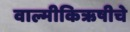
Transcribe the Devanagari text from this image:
वाल्मीकिऋषीचे